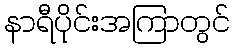
နာရီပိုင်းအကြာတွင်